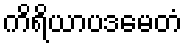
ကိရိယာပဒမေတံ